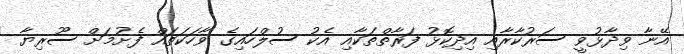
އޭނާ ވިދާޅުވީ ސަރުކާރާއި އިދިކޮޅު ފަރާތްތަކާއި އެކު ސުލްހައިގެ ވާހަކަތައް ފެށުމަށް ސޫރިޔާ